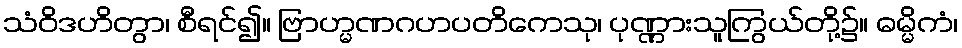
သံဝိဒဟိတွာ၊ စီရင်၍။ ဗြာဟ္မဏဂဟပတိကေသု၊ ပုဏ္ဏားသူကြွယ်တို့၌။ ဓမ္မိကံ၊